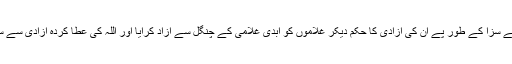
لہذا اسلام نے سزا کے طور پے ان کی آزادی کا حکم دیکر غلاموں کو ابدی غلامی کے چنگل سے آزاد کرایا اور اللہ کی عطا کردہ آزادی سے سرفراز کیا۔